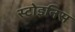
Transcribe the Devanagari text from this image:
स्टोइनिस